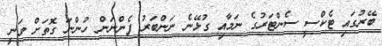
ބޭރުގައި ޓެކްސީ ސެންޓަރުގެ ނަމާއި ގުޅޭނެ ނަންބަރު ފެންނަން ހުންނަ ގޮތަށް ވަނީ